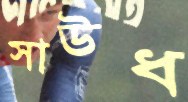
সাউধ